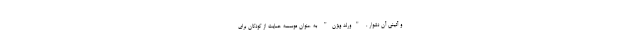
و آئینی آن دشوار . "ورلد ویژن" به عنوان موسسه حمایت از کودکان برای